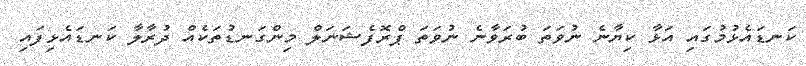
ކަނޑައެޅުމުގައި އަޅާ ކިޔާނެ ނުވަތަ ބުރަވާނެ ނުވަތަ ޕްރޮފެޝަނަލް މިންގަނޑުތަކެއް ދުރާލާ ކަނޑައެޅިފައި